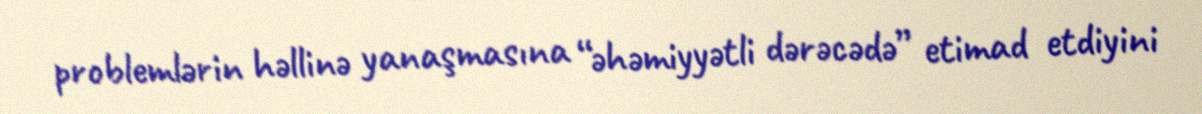
problemlərin həllinə yanaşmasına “əhəmiyyətli dərəcədə” etimad etdiyini